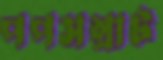
পপসম্রাট